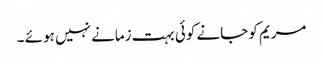
مریم کو جانے کوئی بہت زمانے نہیں ہو ئے ۔